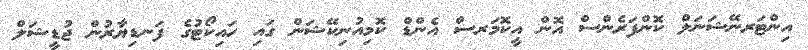
އިންޓަރނޭޝަނަލް ކޮންފަރެންސް އޮން އީކޮމަރސް އެންޑް ކޮމިއުނިކޭޝަން ގައި ހައިކޯޓުގެ ފަނޑިޔާރުން ޖުޑީޝަލް